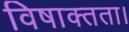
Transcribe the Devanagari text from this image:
विषाक्तता।